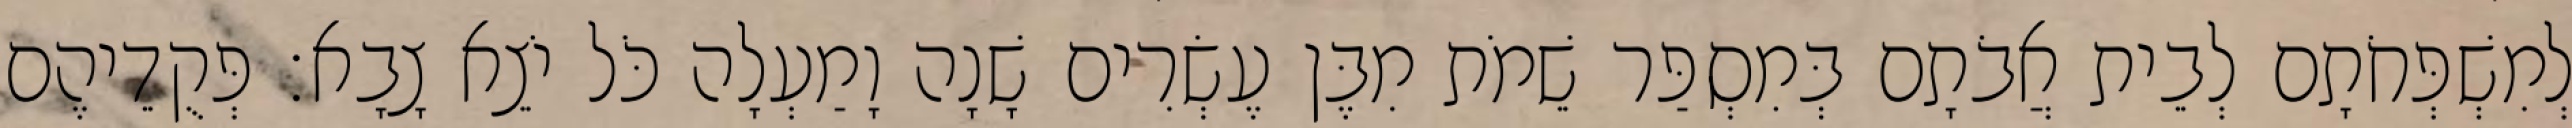
לְמִשְׁפְּחֹתָם לְבֵית אֲבֹתָם בְּמִסְפַּר שֵׁמֹת מִבֶּן עֶשְׂרִים שָׁנָה וָמַעְלָה כֹּל יֹצֵא צָבָא׃ פְּקֻדֵיהֶם